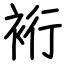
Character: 裄